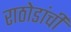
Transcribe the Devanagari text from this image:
राठोडांची